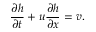
\frac { \partial h } { \partial t } + u \frac { \partial h } { \partial x } = v .